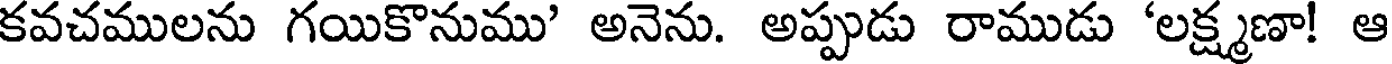
కవచములను గయికొనుము' అనెను. అప్పుడు రాముడు 'లక్ష్మణా! ఆ